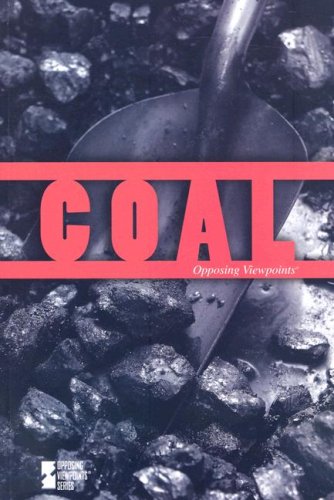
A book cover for Coal (Opposing Viewpoints); Michael Logan; Teen & Young Adult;